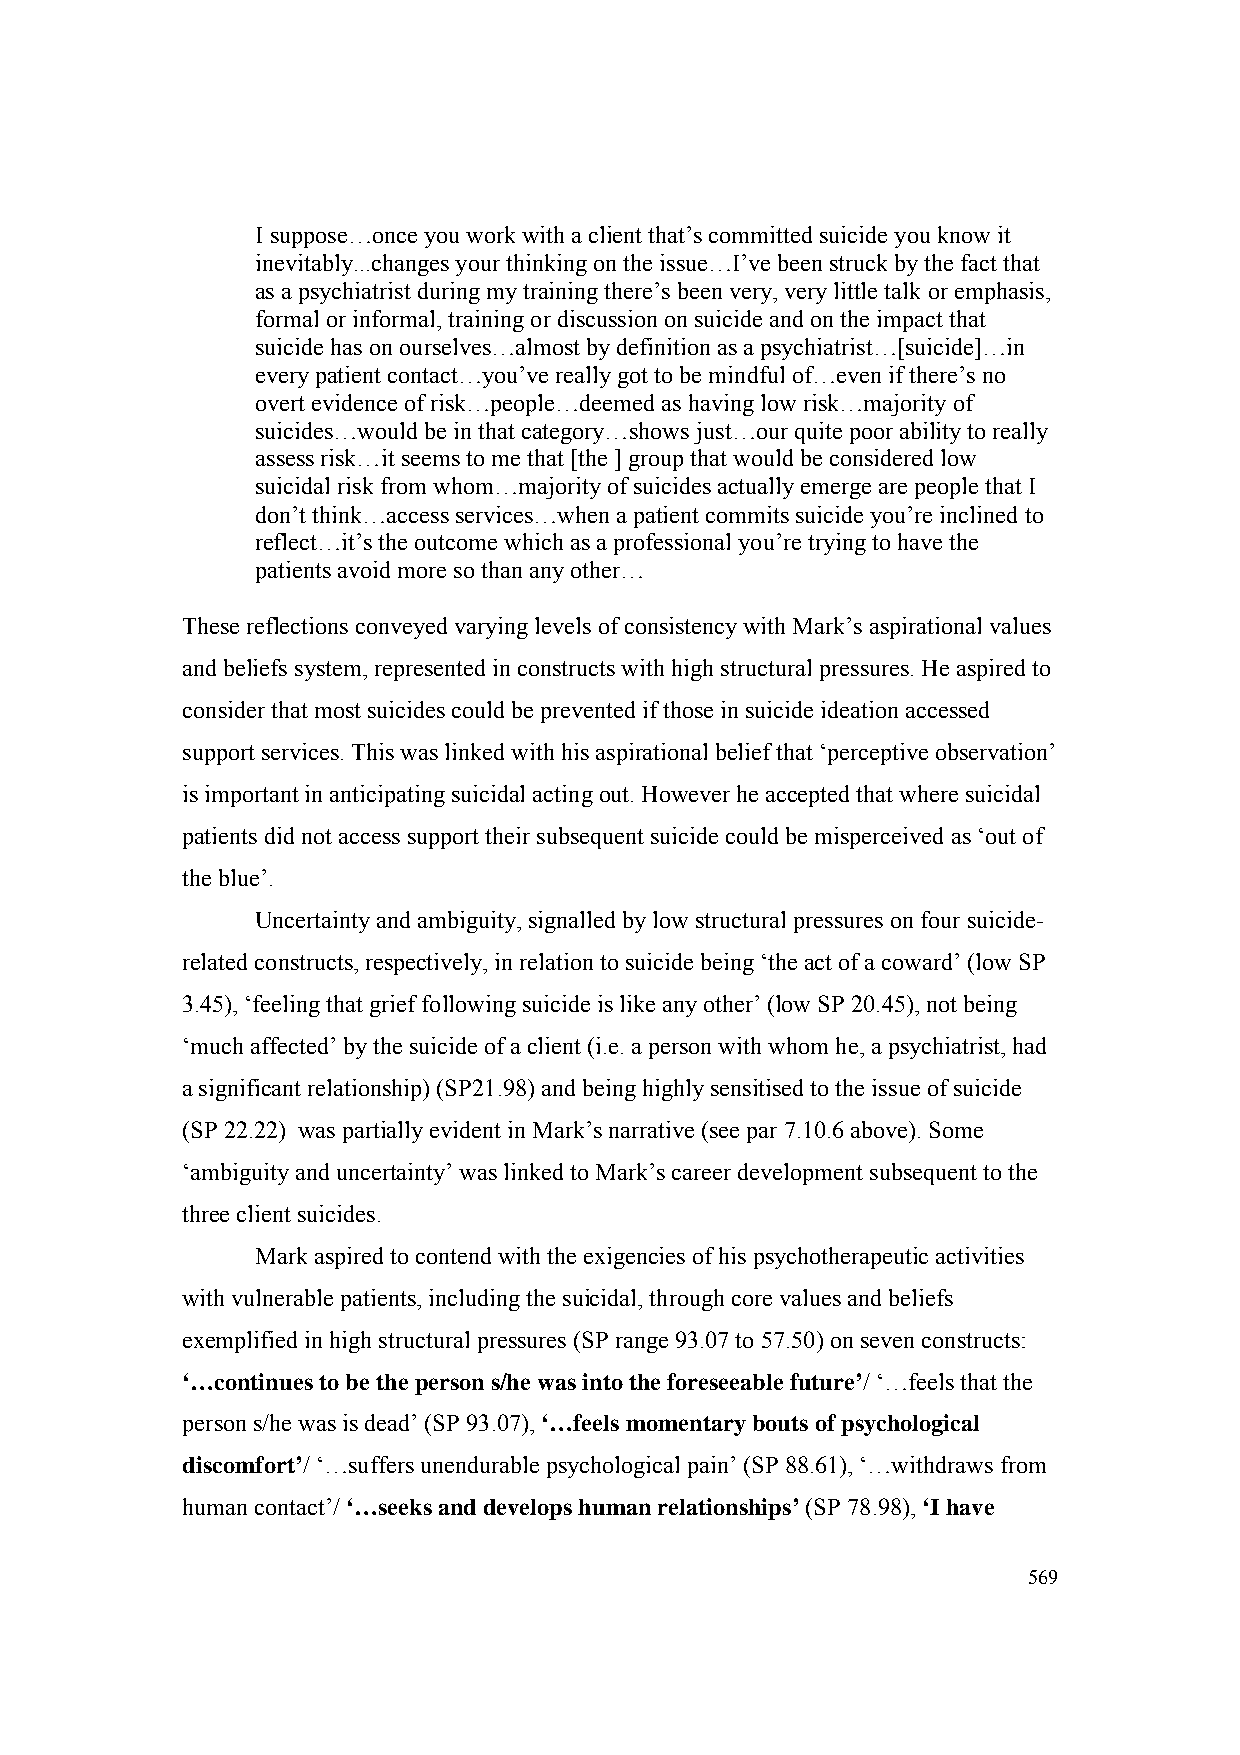
I suppose…once you work with a client that’s committed suicide you know it
 inevitably...changes your thinking on the issue…I’ve been struck by the fact that
 as a psychiatrist during my training there’s been very, very little talk or emphasis,
 formal or informal, training or discussion on suicide and on the impact that
 suicide has on ourselves…almost by definition as a psychiatrist…[suicide]…in
 every patient contact…you’ve really got to be mindful of…even if there’s no
 overt evidence of risk…people…deemed as having low risk…majority of
 suicides…would be in that category…shows just…our quite poor ability to really
 assess risk…it seems to me that [the ] group that would be considered low
 suicidal risk from whom…majority of suicides actually emerge are people that I
 don’t think…access services…when a patient commits suicide you’re inclined to
 reflect…it’s the outcome which as a professional you’re trying to have the
 patients avoid more so than any other…
 These reflections conveyed varying levels of consistency with Mark’s aspirational values
 and beliefs system, represented in constructs with high structural pressures. He aspired to
 consider that most suicides could be prevented if those in suicide ideation accessed
 support services. This was linked with his aspirational belief that ‘perceptive observation’
 is important in anticipating suicidal acting out. However he accepted that where suicidal
 patients did not access support their subsequent suicide could be misperceived as ‘out of
 the blue’.
 Uncertainty and ambiguity, signalled by low structural pressures on four suicide-
 related constructs, respectively, in relation to suicide being ‘the act of a coward’ (low SP
 3.45), ‘feeling that grief following suicide is like any other’ (low SP 20.45), not being
 ‘much affected’ by the suicide of a client (i.e. a person with whom he, a psychiatrist, had
 a significant relationship) (SP21.98) and being highly sensitised to the issue of suicide
 (SP 22.22) was partially evident in Mark’s narrative (see par 7.10.6 above). Some
 ‘ambiguity and uncertainty’ was linked to Mark’s career development subsequent to the
 three client suicides.
 Mark aspired to contend with the exigencies of his psychotherapeutic activities
 with vulnerable patients, including the suicidal, through core values and beliefs
 exemplified in high structural pressures (SP range 93.07 to 57.50) on seven constructs:
 ‘…continues to be the person s/he was into the foreseeable future’/ ‘…feels that the
 person s/he was is dead’ (SP 93.07), ‘…feels momentary bouts of psychological
 discomfort’/ ‘…suffers unendurable psychological pain’ (SP 88.61), ‘…withdraws from
 human contact’/ ‘…seeks and develops human relationships’ (SP 78.98), ‘I have
 569